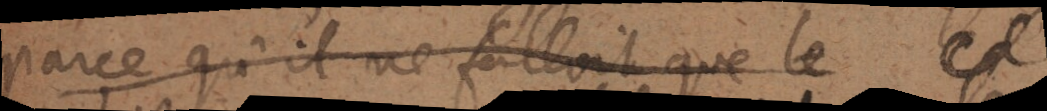
parce qu’il ne falloit que le ce